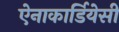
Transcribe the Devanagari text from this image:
ऐनाकार्डियेसी